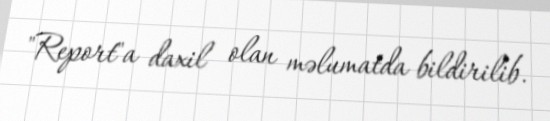
"Report"a daxil olan məlumatda bildirilib.